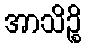
အာသိဉ္စိ